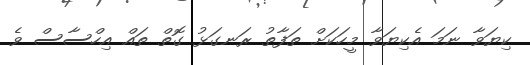
ކިޔަވާ ނަމަ އެކިޔަވާ މީހަކަށް ތަފާތު ރަނގަޅު ގޮތް ތައް އިހްސާސް ވެ